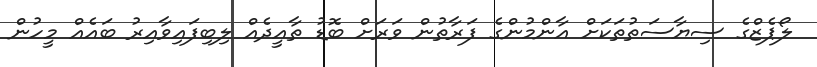
ލޯޕެޒްގެ ސިޔާސަތުތަކަށް އާންމުންގެ ފަރާތުން ވަރަށް ބޮޑު ތާއީދެއް ލިބިފައިވާއިރު ބައެއް މީހުން